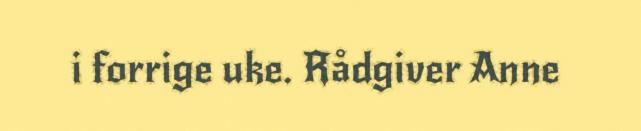
i forrige uke. Rådgiver Anne